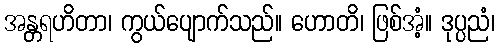
အန္တရဟိတာ၊ ကွယ်ပျောက်သည်။ ဟောတိ၊ ဖြစ်အံ့။ ဒုပ္ပညံ၊